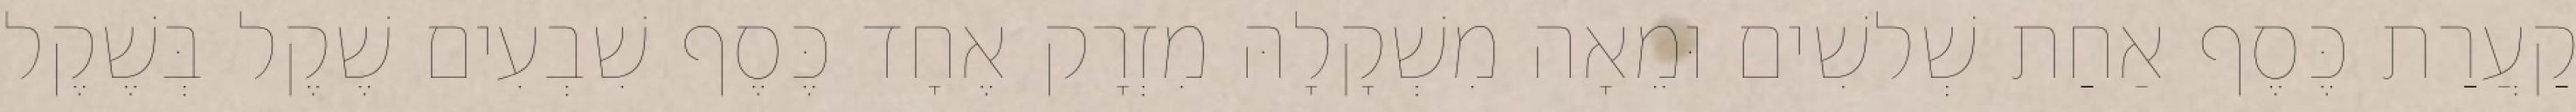
קַעֲרַת כֶּסֶף אַחַת שְׁלשִׁים וּמֵאָה מִשְׁקָלָהּ מִזְרָק אֶחָד כֶּסֶף שִׁבְעִים שֶׁקֶל בְּשֶׁקֶל